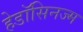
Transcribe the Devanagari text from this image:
हेडॉसिनज्म